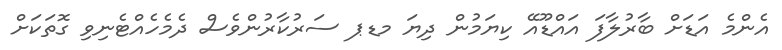
އެންމެ އަޑަށް ބާރުލާފަ އައްޑޫއޭ ކިޔަމުން ދިޔަ މޑޕ ސަރުކާރުންވެސް ދެމެހެއްޓެނިވި ގޮތަކަށް